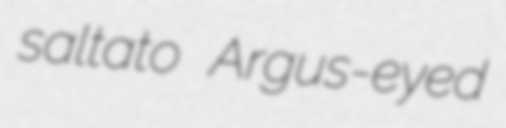
saltato Argus-eyed